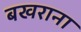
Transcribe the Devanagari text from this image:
बखराना